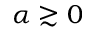
\alpha \gtrsim 0